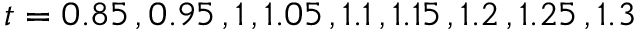
t = 0 . 8 5 \, , 0 . 9 5 \, , 1 \, , 1 . 0 5 \, , 1 . 1 \, , 1 . 1 5 \, , 1 . 2 \, , 1 . 2 5 \, , 1 . 3